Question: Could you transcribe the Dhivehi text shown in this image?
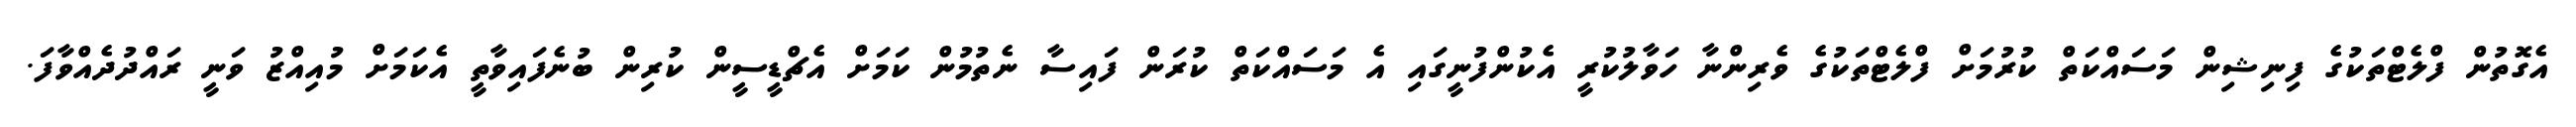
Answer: އެގޮތުން ފްލެޓްތަކުގެ ފިނިޝިން މަސައްކަތް ކުރުމަށް ފްލެޓްތަކުގެ ވެރިންނާ ހަވާލުކުރީ އެކުންފުނީގައި އެ މަސައްކަތް ކުރަން ފައިސާ ނެތުމުން ކަމަށް އެޗްޑީސީން ކުރިން ބުނެފައިވާތީ އެކަމަށް މުއިއްޒު ވަނީ ރައްދުދެއްވާފަ.